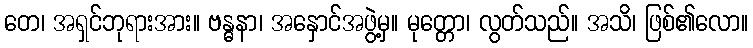
တေ၊ အရှင်ဘုရားအား။ ဗန္ဓနာ၊ အနှောင်အဖွဲ့မှ။ မုတ္တော၊ လွတ်သည်။ အသိ၊ ဖြစ်၏လော။